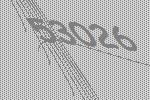
53026